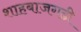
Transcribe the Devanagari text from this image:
शाहबाजगढी